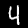
Label: 4